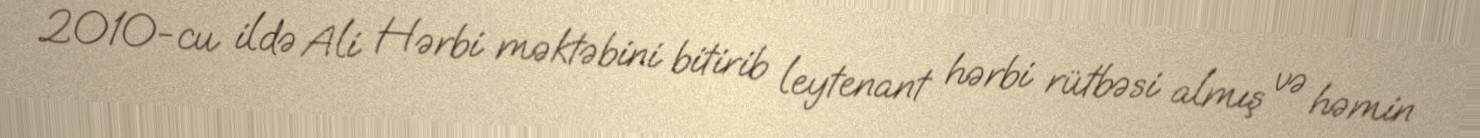
2010-cu ildə Ali Hərbi məktəbini bitirib leytenant hərbi rütbəsi almış və həmin